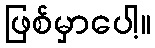
ဖြစ်မှာပေါ့။